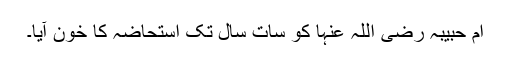
ام حبیبہ رضی اللہ عنہا کو سات سال تک استحاضہ کا خون آیا۔